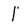
Character: 1